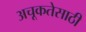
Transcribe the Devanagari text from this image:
अचूकतेसाठी